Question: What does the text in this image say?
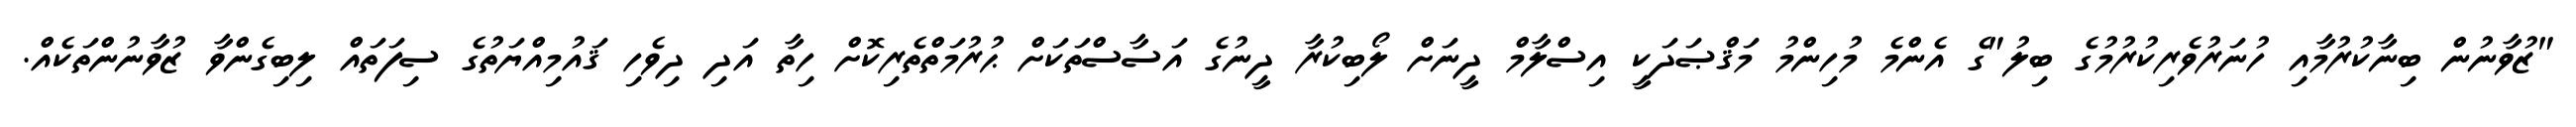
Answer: "ޒުވާނުން ބިނާކުރުމާއި ހުނަރުވެރިކުރުމުގެ ބިލު"ގެ އެންމެ މުހިންމު މަޤްޞަދަކީ އިސްލާމް ދީނަށް ލޯބިކުރާ ދީނުގެ އަސާސްތަކަށް ޙުރުމަތްތެރިކޮށް ހިތާ އަދި ދިވެހި ޤައުމިއްޔަތުގެ ސިފަތައް ލިބިގެންވާ ޒުވާނުންތަކެއް.